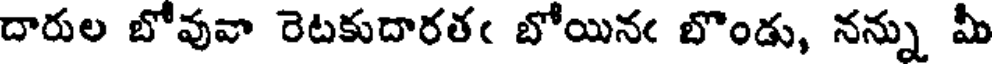
దారుల బోవువా రెటకుదారతఁ బోయినఁ బొండు, నన్ను మీ